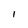
Character: l